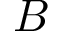
B